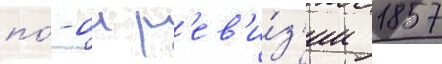
по́ -ои р'ев'и́з'ии 1857